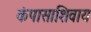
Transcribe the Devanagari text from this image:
कंपासाशिवाय